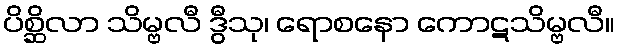
ပိစ္ဆိလာ သိမ္ဗလီ ဒွီသု၊ ရောစနော ကောဋသိမ္ဗလီ။